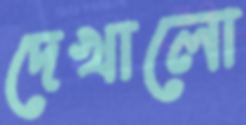
দেখালো